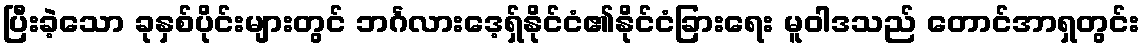
ပြီးခဲ့သော ခုနှစ်ပိုင်းများတွင် ဘင်္ဂလားဒေ့ရှ်နိုင်ငံ၏နိုင်ငံခြားရေး မူဝါဒသည် တောင်အာရှတွင်း